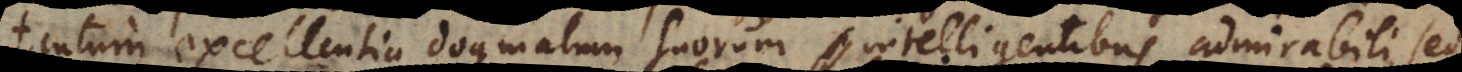
tantum excellentia dogmatum suorum intelligentibus admirabili, sed